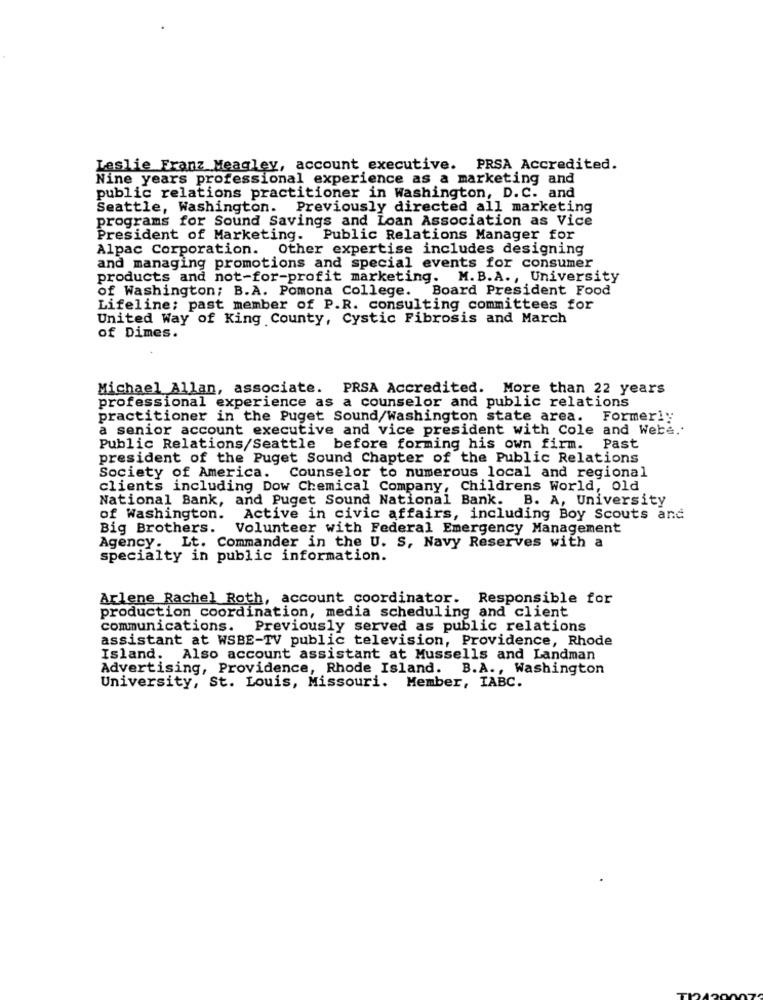
Leslie Franz Meagley, account executive. PRSA Accredited.
Nine years professional experience as a marketing and
public relations practitioner in Washington, D. C. and
Seattle, Washington. Previously directed all marketing
programs for Sound Savings and Loan Association as Vice
President of Marketing. Public Relations Manager for
Alpac Corporation. Other expertise includes designing
and managing promotions and special events for consumer
products and not-for-profit marketing. M.B.A ., University
of Washington; B.A. Pomona College. Board President Food
Lifeline; past member of P.R. consulting committees for
United Way of King County, Cystic Fibrosis and March
of Dimes.
Michael Allan, associate. PRSA Accredited. More than 22 years
professional experience as a counselor and public relations
practitioner in the Puget Sound/Washington state area. Formerly
a senior account executive and vice president with Cole and Were ..
Public Relations/Seattle before forming his own firm. Past
president of the Puget Sound Chapter of the Public Relations
Society of America. Counselor to numerous local and regional
clients including Dow Chemical Company, Childrens World, old
National Bank, and Puget Sound National Bank. B. A, University
of Washington. Active in civic affairs, including Boy Scouts and
Big Brothers. Volunteer with Federal Emergency Management
Agency. Lt. Commander in the U. S, Navy Reserves with a
specialty in public information.
Arlene Rachel Roth, account coordinator. Responsible for
production coordination, media scheduling and client
communications. Previously served as public relations
assistant at WSBE-TV public television, Providence, Rhode
Island. Also account assistant at Mussells and Landman
Advertising, Providence, Rhode Island. B.A ., Washington
University, St. Louis, Missouri. Member, IABC.